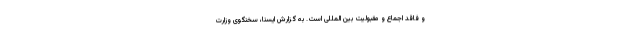
و فاقد اجماع و مقبولیت بین المللی است. به گزارش ایسنا، سخنگوی وزارت